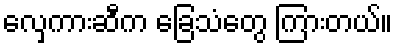
လှေကားဆီက ခြေသံတွေ ကြားတယ်။